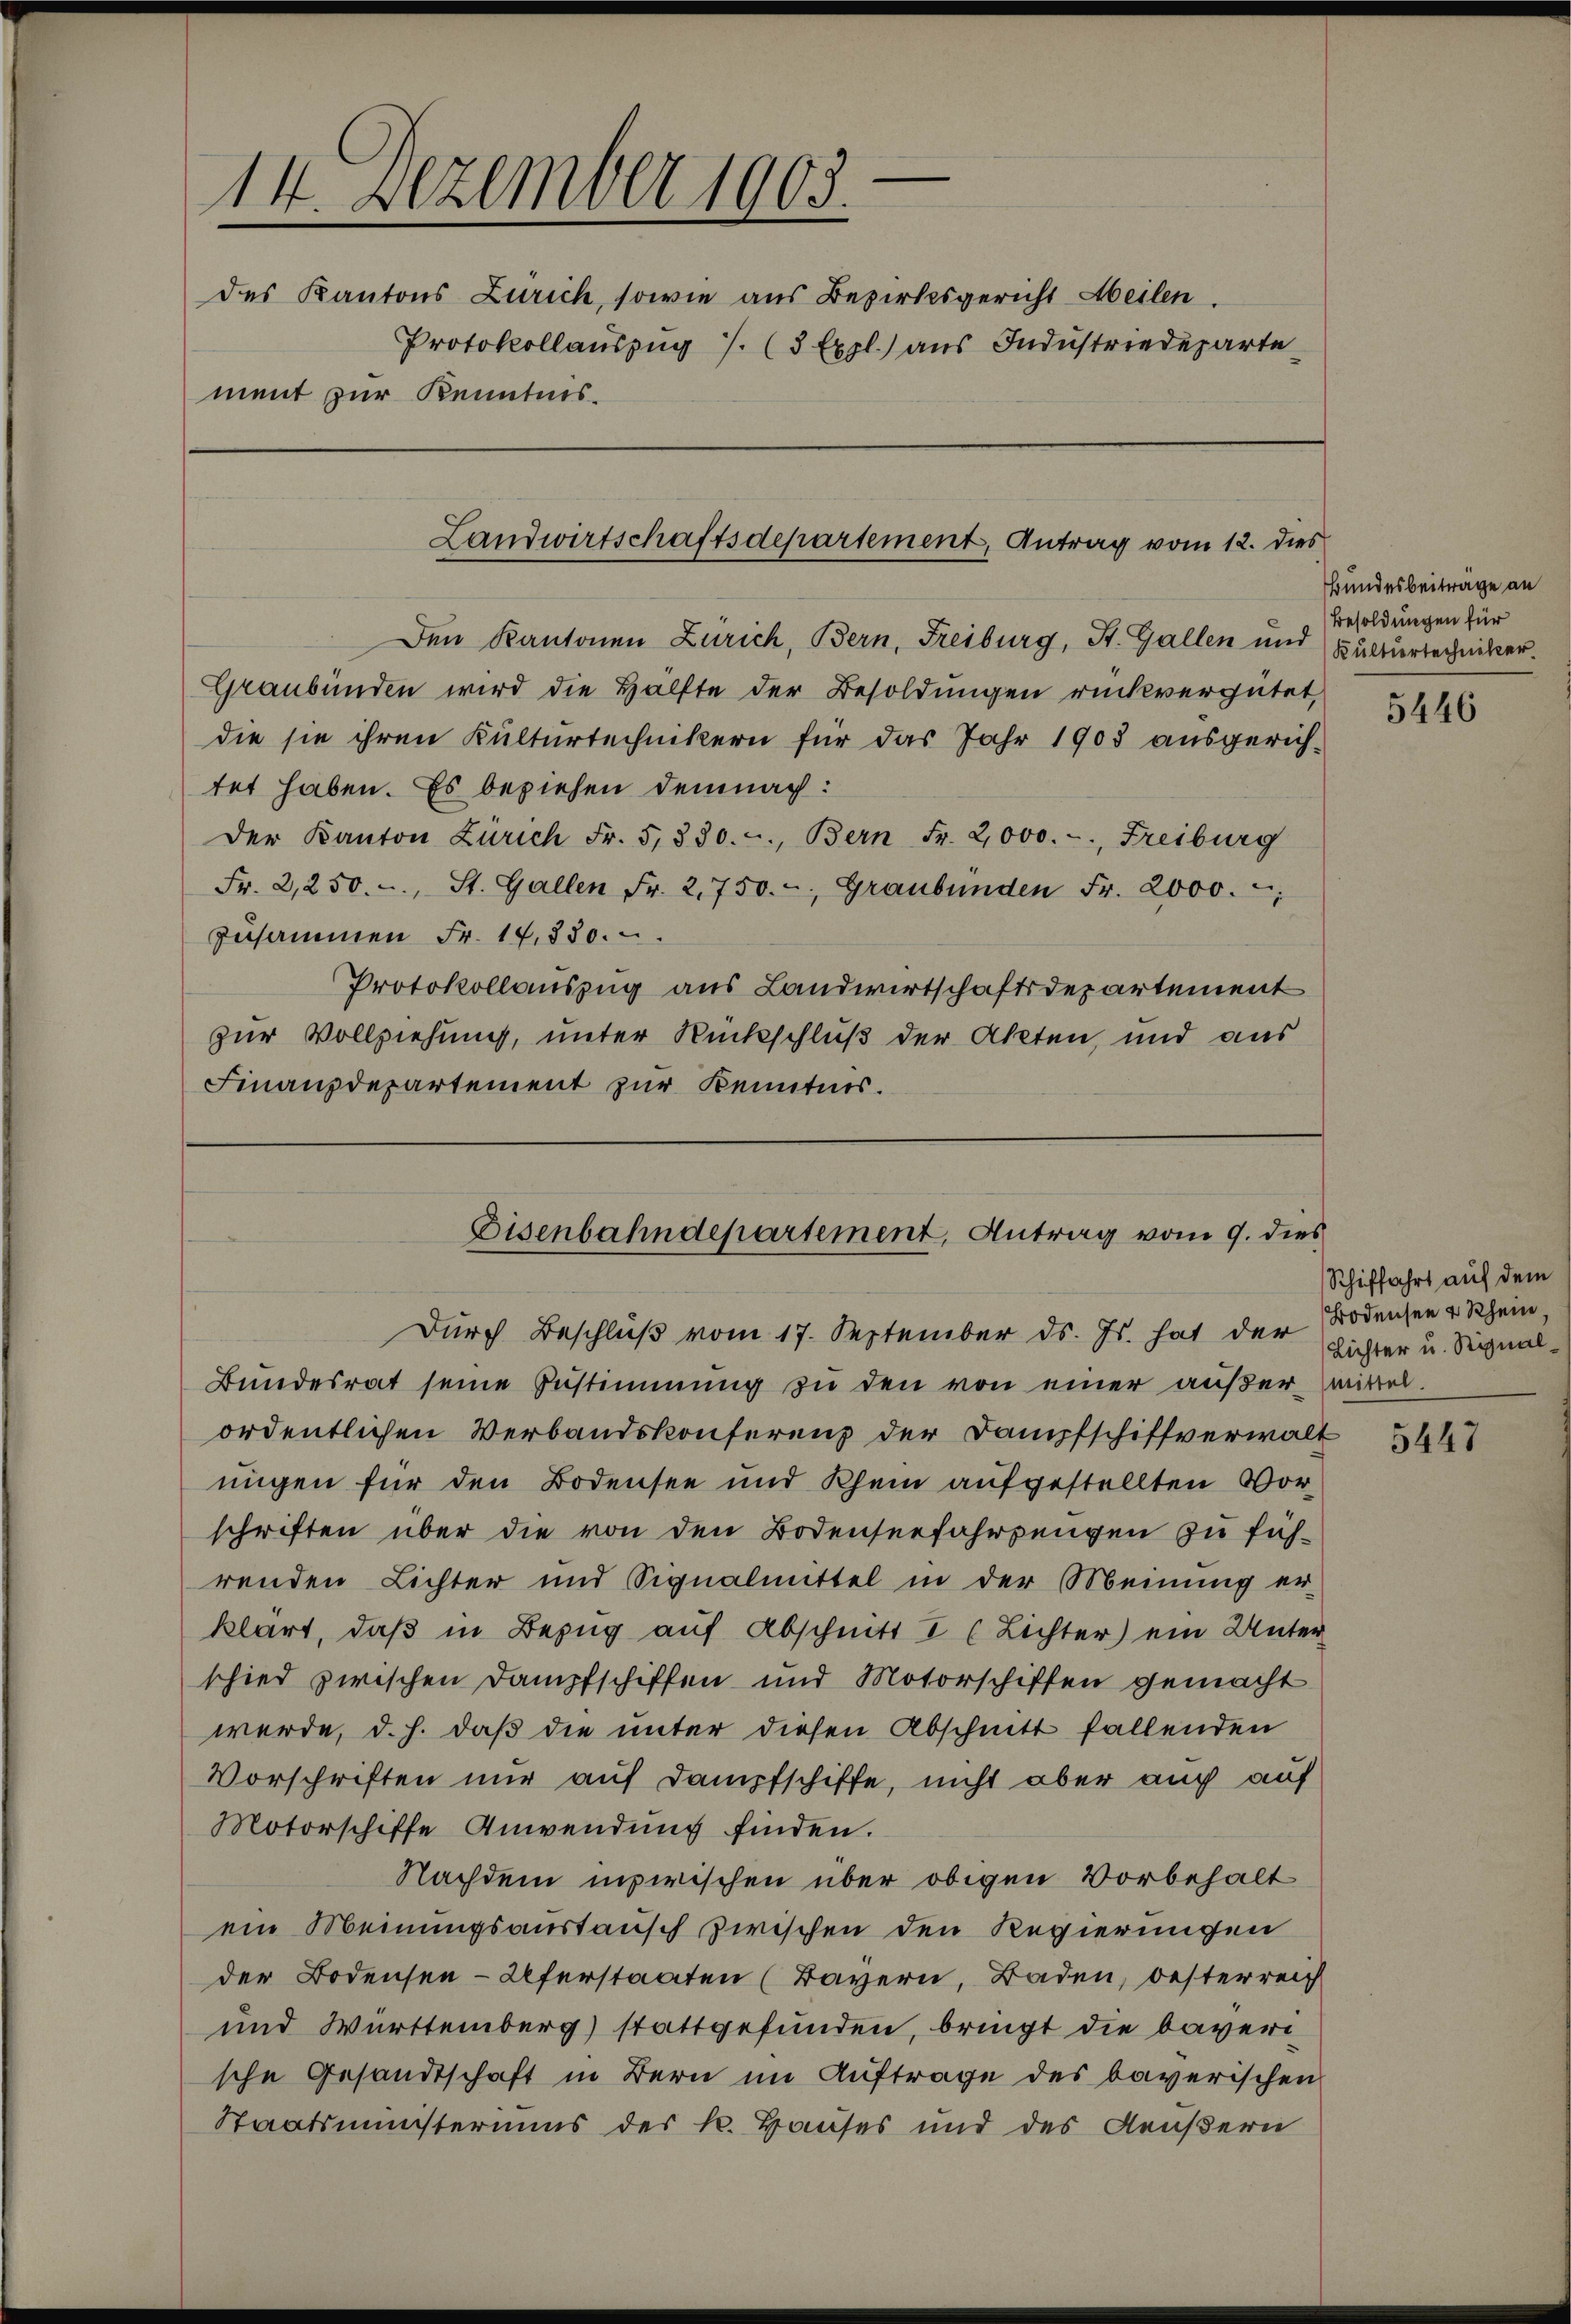
14. Dezember 1903.
des Kantons Zürich, sowie aus Bezirksgericht Meilen.
Protokollauszug 7/. (3 Expl.) aus Industriedeparte
ment zur Kenntnis¬

Landwirtschaftsdepartement, Antrag vom 12. dies

Den Kantonen Zürich, Bern, Freiburg, St. Gallen und Kulturtechniker.
Graubünden wird die Hälfte der Besoldungen rückvergütet,
die sie ihren Kulturtechnikern für das Jahr 1905 ausgerich-
tet haben. Es beziehen demnach:
Der Kanton Zürich Fr. 5, 330. c., Bern Fr. 2,000.-, Freiburg
Fr. 2,250. - St. Gallen Fr. 2,750. - Graubünden Fr. 2000.
zusammen Fr. 14,830.
Protokollauszug aus Landwirtschaftsdepartement
zur Vollziehung, unter Rückschluß der Akten, und aus
Finanzdepartement zur Kenntnis.

Eisenbahndepartement, Antrag vom 9. dies

werde, d. h. daß die unter diesen Abschnitt fallenden
Vorschriften nur auf Dampfschiffe, nicht aber auch auf
Motorschiffe Anwendung finden.
Nachdem inzwischen über obigen Vorbehalt
ein Meinungsaustausch zwischen den Regierungen
der Bodensen-Uferstaaten (Bayern, Baden, Oesterreich
und Württemberg) stattgefunden, bringt die baversche Gesandtschaft in Bern im Auftrage des baverischen
Staatsministeriums des k. Hauses und des Aeußern

Durch Beschluß vom 17. September ds. Js. hat der Bodensee u Rhein
Bundesrat seine Bestimmung zu den von einer außer mittel.
ordentlichen Verbandskonferenz der Dampfschiffverwalt
nügen für den Bodensee und Rhein aufgestellten Vor-
schriften über die von den Bodenserfahrungen zu führenden Lichter und Signalmittel in der Meinung er-
klärt, daß in Bezug auf Abschnitt I (Lichter) ein Unter
schied zwischen Dampfschiffen und Motorschiffen gemacht

Bundesbeiträge an
Besoldungen für

5446

Schiffahrt auf dem
Lichter u. Signal¬

5447